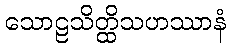
သောဠသိတ္ထိသဟဿာနံ